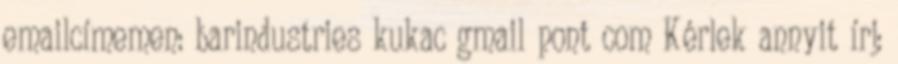
emailcímemen: barindustries kukac gmail pont com Kérlek annyit írj: